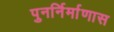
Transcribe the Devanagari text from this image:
पुनर्निर्माणास